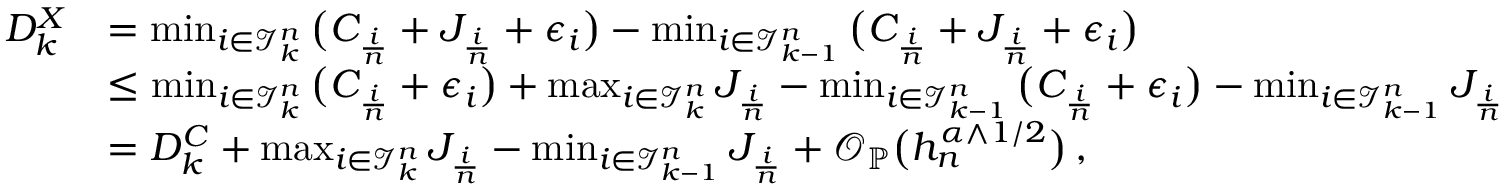
\begin{array} { r l } { D _ { k } ^ { X } } & { = \operatorname* { m i n } _ { i \in \mathcal { I } _ { k } ^ { n } } \big ( C _ { \frac { i } { n } } + J _ { \frac { i } { n } } + \epsilon _ { i } \big ) - \operatorname* { m i n } _ { i \in \mathcal { I } _ { k - 1 } ^ { n } } \big ( C _ { \frac { i } { n } } + J _ { \frac { i } { n } } + \epsilon _ { i } \big ) } \\ & { \le \operatorname* { m i n } _ { i \in \mathcal { I } _ { k } ^ { n } } \big ( C _ { \frac { i } { n } } + \epsilon _ { i } \big ) + \operatorname* { m a x } _ { i \in \mathcal { I } _ { k } ^ { n } } J _ { \frac { i } { n } } - \operatorname* { m i n } _ { i \in \mathcal { I } _ { k - 1 } ^ { n } } \big ( C _ { \frac { i } { n } } + \epsilon _ { i } \big ) - \operatorname* { m i n } _ { i \in \mathcal { I } _ { k - 1 } ^ { n } } J _ { \frac { i } { n } } } \\ & { = D _ { k } ^ { C } + \operatorname* { m a x } _ { i \in \mathcal { I } _ { k } ^ { n } } J _ { \frac { i } { n } } - \operatorname* { m i n } _ { i \in \mathcal { I } _ { k - 1 } ^ { n } } J _ { \frac { i } { n } } + \mathcal { O } _ { \mathbb { P } } \big ( h _ { n } ^ { \alpha \wedge 1 / 2 } \big ) \, , } \end{array}